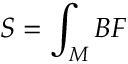
S = \int _ { M } B F